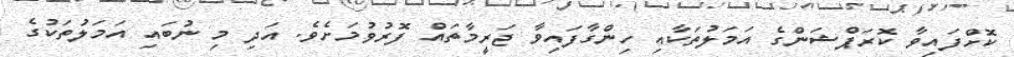
ކޮށްފައިވާ ކޮރަޕްޝަންގެ އަމަލުތަކާއި ހިންގާފައިވާ ޖަރީމާތައް ފޮރުވުމަށެވެ. އަދި މި ނުބައި އަމަލުތަކުގެ